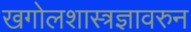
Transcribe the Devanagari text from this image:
खगोलशास्त्रज्ञावरुन